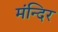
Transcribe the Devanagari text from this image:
मंन्दिर